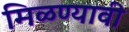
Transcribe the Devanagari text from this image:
मिळण्यावी